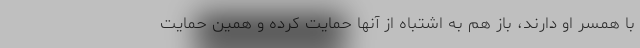
با همسر او دارند، باز هم به اشتباه از آنها حمایت کرده و همین حمایت